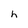
Character: h